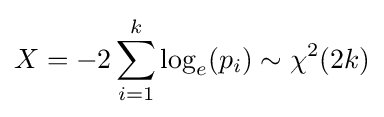
X=-2\sum _{i=1}^{k}\log _{e}(p_{i})\sim \chi ^{2}(2k)